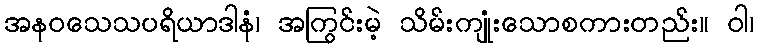
အနဝသေသပရိယာဒါနံ၊ အကြွင်းမဲ့ သိမ်းကျုံးသောစကားတည်း။ ဝါ၊